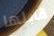
قابلها